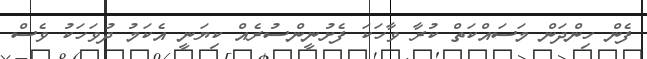
ފެން ހިންދަން މަސައްކަތް ކުރާ ވާހަކަ ފެށުނީންސުރެއް ކިޔަނީ އެކަމު ދުވަހަކު ވެސް